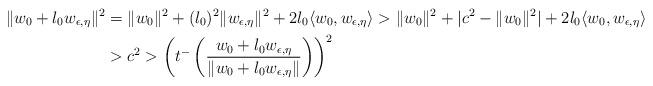
LaTeX: \begin{align*} \|w_{0}+l_{0}w_{\epsilon,\eta}\|^{2} &= \|w_{0}\|^{2} + (l_{0})^{2}\|w_{\epsilon,\eta}\|^{2}+2l_{0}\langle w_{0}, w_{\epsilon,\eta}\rangle >\|w_{0}\|^{2} + |c^{2}-\|w_{0}\|^{2}| + 2l_{0}\langle w_{0}, w_{\epsilon,\eta}\rangle\\ &>c^{2}>\left(t^{-}\left(\frac{w_{0}+l_{0}w_{\epsilon,\eta}}{\|w_{0}+l_{0}w_{\epsilon,\eta}\|}\right)\right)^{2}\end{align*}